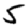
Digit: 5